Subject: physics
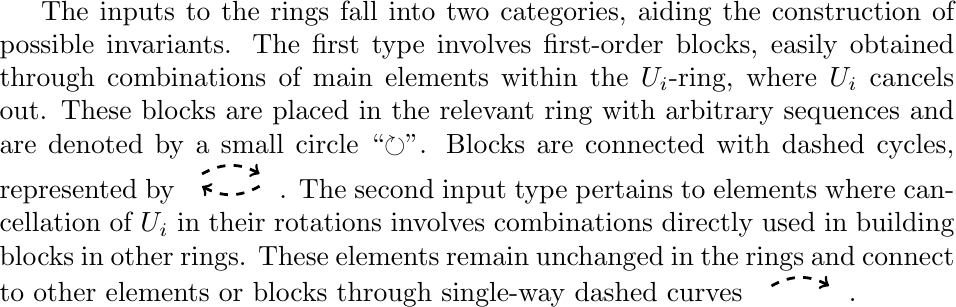
LaTeX code:
The inputs to the rings fall into two categories, aiding the construction of possible invariants. The first type involves first-order blocks, easily obtained through combinations of main elements within the $U_i$-ring, where $U_i$ cancels out. These blocks are placed in the relevant ring with arbitrary sequences and are denoted by a small circle ``$\circlearrowright$''. Blocks are connected with dashed cycles, represented by $\begin{tikzpicture}[transform shape,line width=1pt] \node (A) at (2,2) {}; \node (B) at (3,2) {}; \path[draw] (A) edge[bend right=-30,black,dashed,->] (B) (B) edge[bend right=-30,black,-latex,dashed,->] (A); \end{tikzpicture}$.
The second input type pertains to elements where cancellation of $U_i$ in their rotations involves combinations directly used in building blocks in other rings. These elements remain unchanged in the rings and connect to other elements or blocks through single-way dashed curves $\begin{tikzpicture}[transform shape,line width=1pt] \node (A) at (2,2) {}; \node (B) at (3,2) {}; \path[draw] (A) edge[bend right=-30,black,dashed,->] (B); \end{tikzpicture}$.